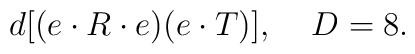
d[(e \cdot R \cdot e)(e \cdot T)], \;\;\;\; D=8.